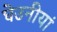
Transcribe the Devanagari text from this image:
घेउनीयां